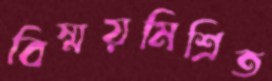
বিস্ময়মিশ্রিত